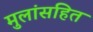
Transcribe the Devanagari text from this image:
मुलांसहित